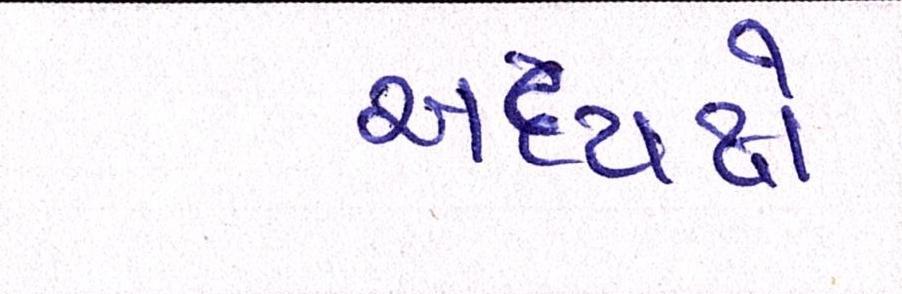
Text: અધ્યક્ષે